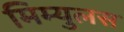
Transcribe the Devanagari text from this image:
मिम्युलस